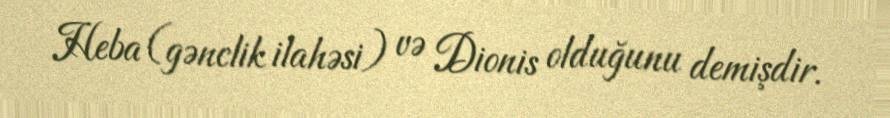
Heba (gənclik ilahəsi) və Dionis olduğunu demişdir.